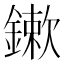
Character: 鏉